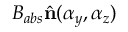
B _ { a b s } \hat { \mathbf { n } } ( \alpha _ { y } , \alpha _ { z } )